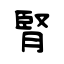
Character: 腎